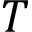
T